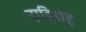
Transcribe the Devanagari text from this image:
दाहिराह